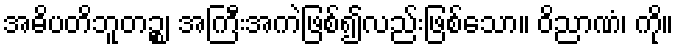
အဓိပတိဘူတဉ္စ၊ အကြီးအကဲဖြစ်၍လည်းဖြစ်သော။ ဝိညာဏံ၊ ကို။